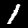
Digit: 1